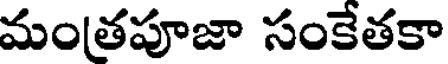
మంతపూజా సంకేతకా